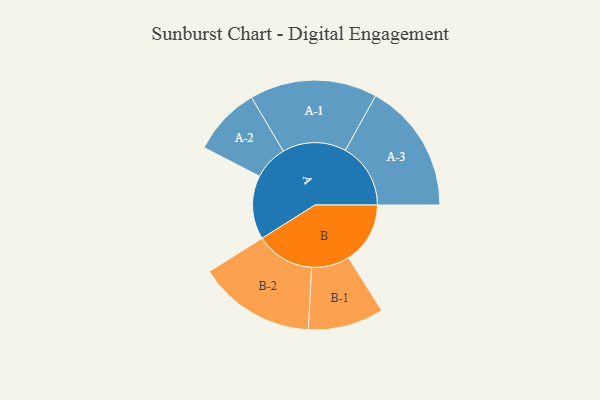
{"axis": {"x": "Segment", "y": "Value"}, "legend": ["", "A", "B"], "data": [{"x": "A", "y": 249, "type": ""}, {"x": "B", "y": 241, "type": ""}, {"x": "A-1", "y": 249, "type": "A"}, {"x": "A-2", "y": 134, "type": "A"}, {"x": "A-3", "y": 255, "type": "A"}, {"x": "B-1", "y": 148, "type": "B"}, {"x": "B-2", "y": 229, "type": "B"}]}